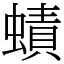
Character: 𧐐